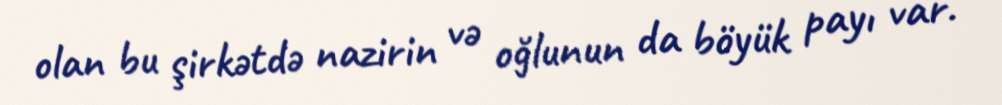
olan bu şirkətdə nazirin və oğlunun da böyük payı var.